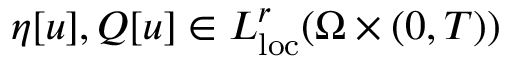
\eta [ u ] , Q [ u ] \in L _ { \mathrm { l o c } } ^ { r } ( \Omega \times ( 0 , T ) )